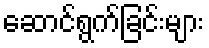
ဆောင်ရွက်ခြင်းများ